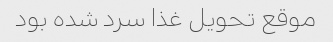
موقع تحویل غذا سرد شده بود